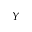
Y